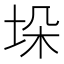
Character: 垛